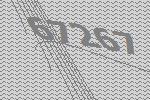
67267